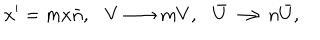
LaTeX: x ^ { \prime } = m x \bar { n } , V \longrightarrow m V , \bar { U } \longrightarrow n \bar { U } ,